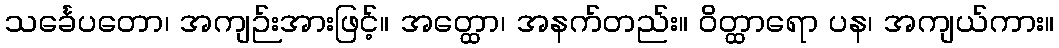
သင်္ခေပတော၊ အကျဉ်းအားဖြင့်။ အတ္ထော၊ အနက်တည်း။ ဝိတ္ထာရော ပန၊ အကျယ်ကား။